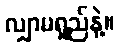
လျှာမရှည်နဲ့။